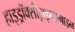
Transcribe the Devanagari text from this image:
हाइड्रॉक्सीट्राइप्टामाइन